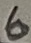
Text: 6